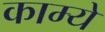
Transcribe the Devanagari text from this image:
काम्ये